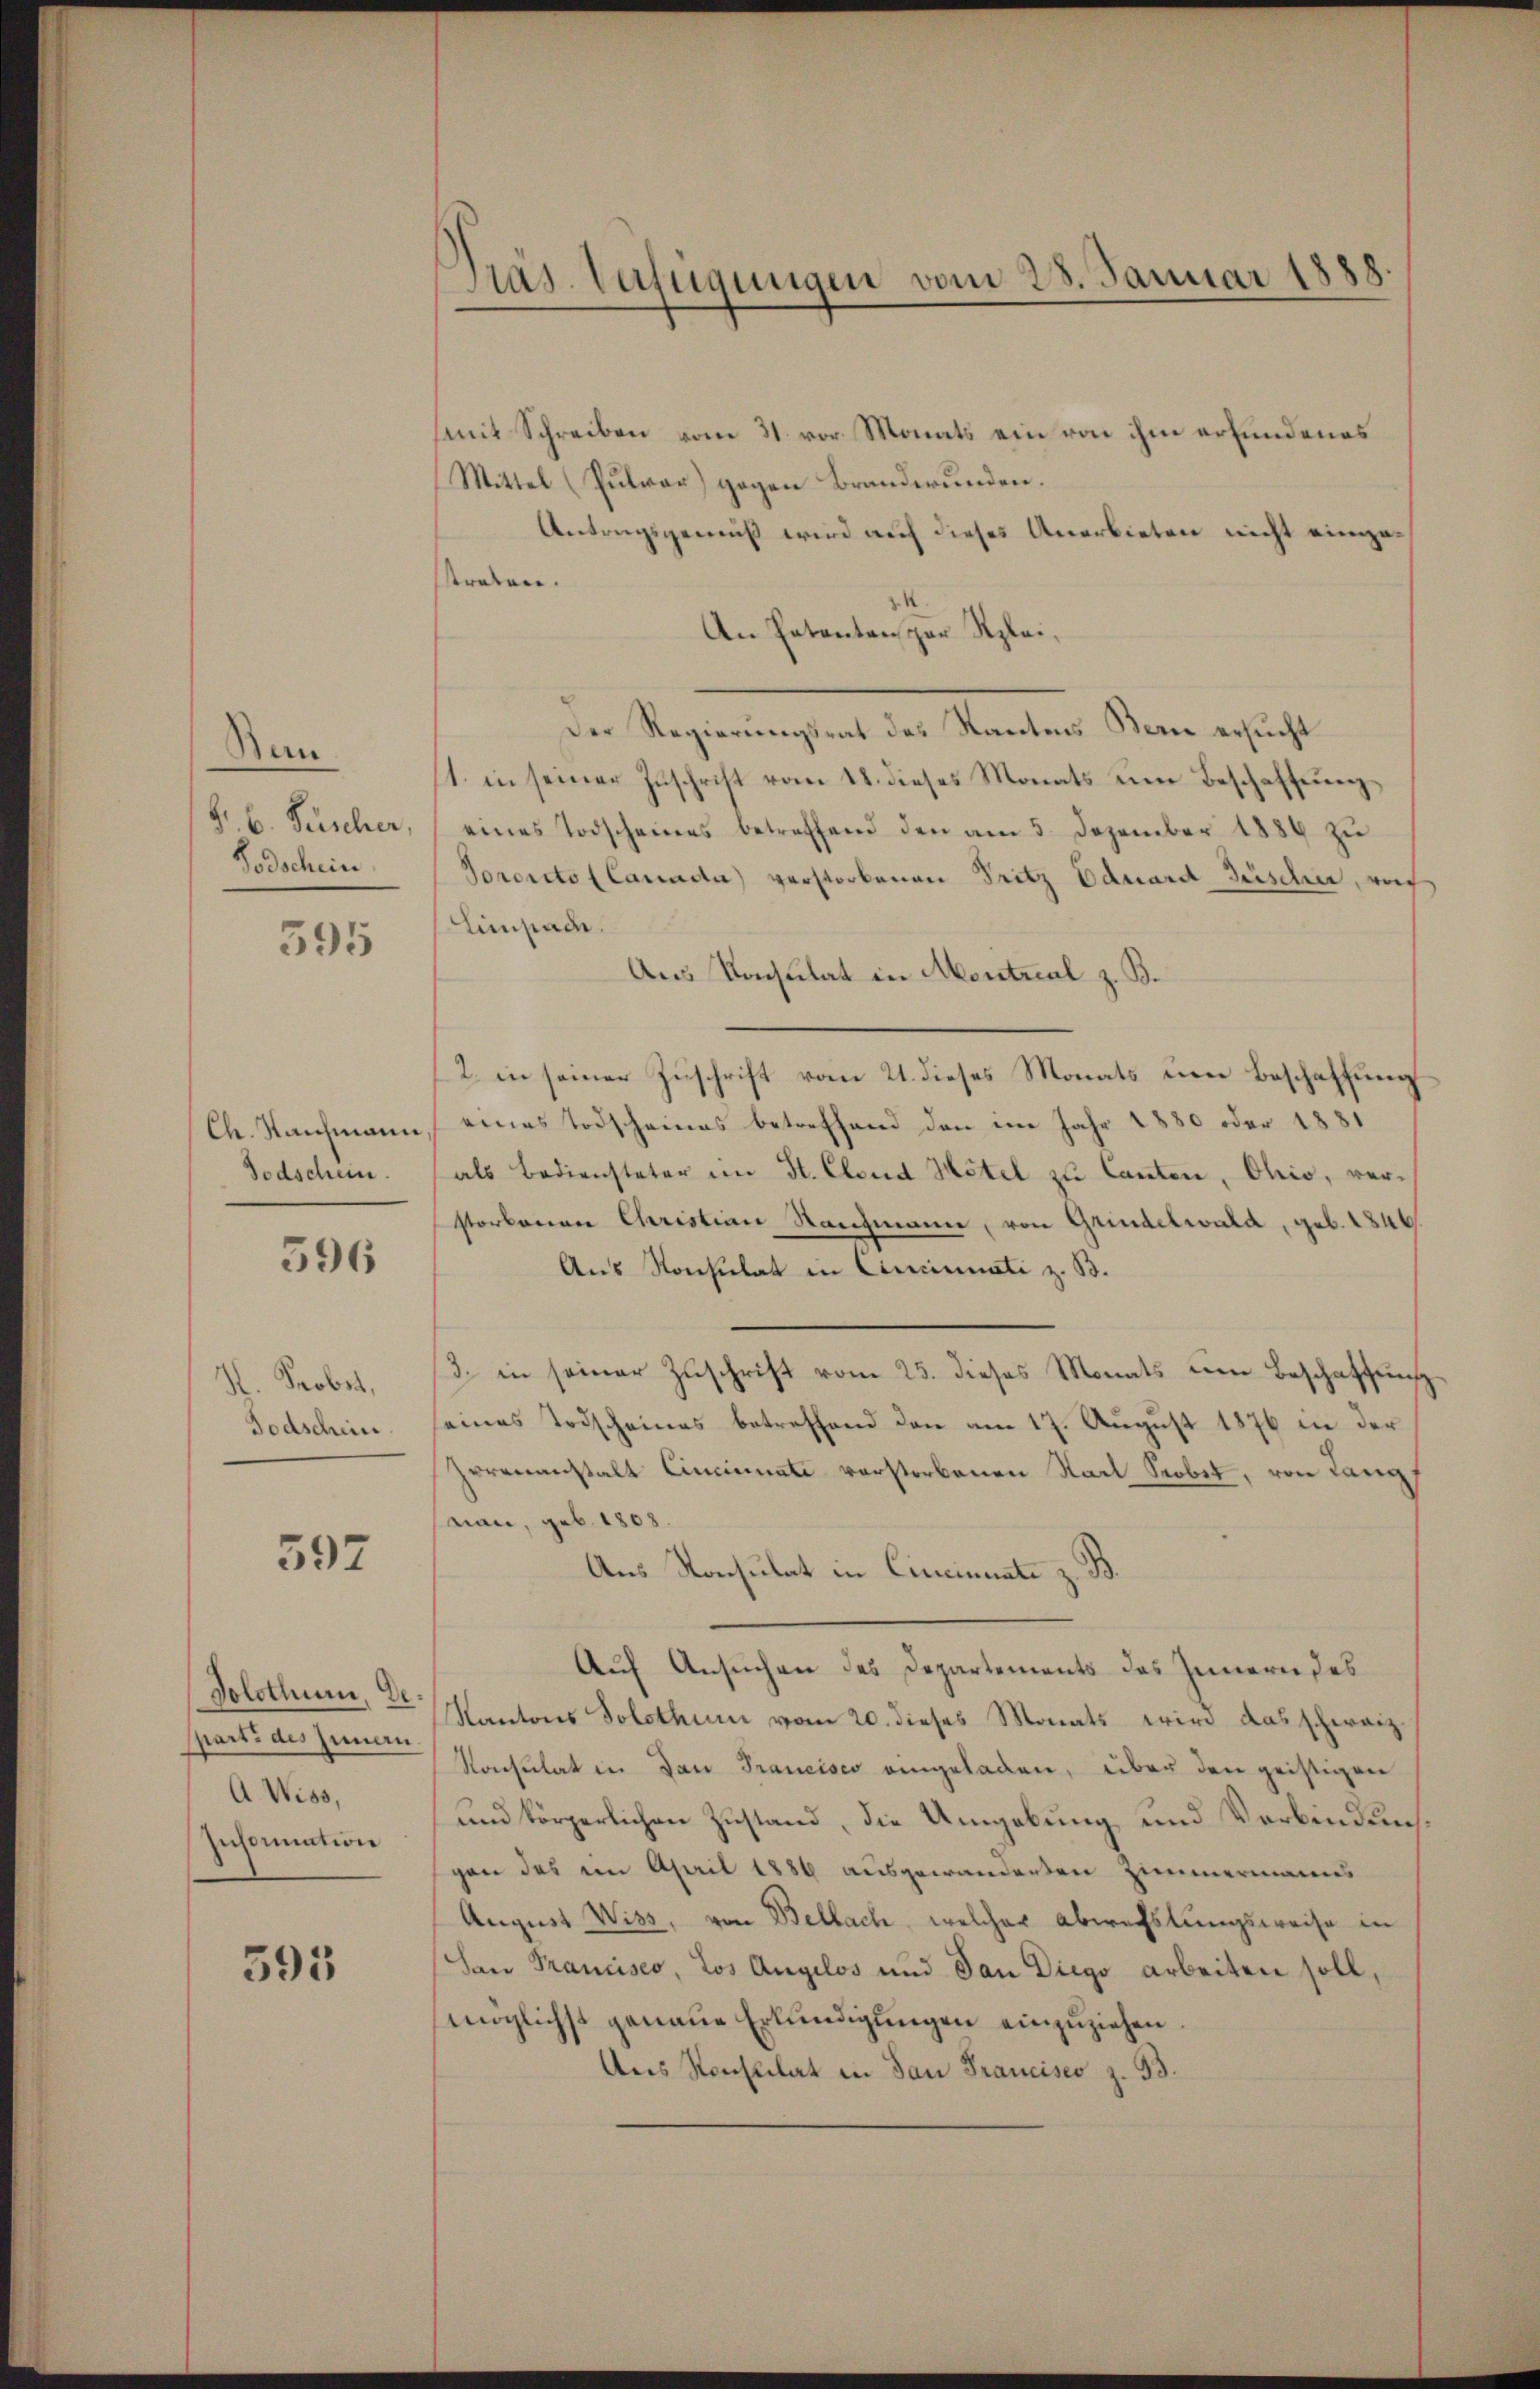
San
B. 6. Fischer,
Sodschein

595

Ch. Sanchmann,
Todschein.

596

Probst,
Todschein.

597

Solothum, Desparte des Innern.
A Wiss,
Insoration

395

Das Verfügungen vom 28. Januar 1888
.

(mit Schreiben vom 31. vor. Monats ein von ihm erfundenes
Mittel (Pulvar) gegen Brandwunden.
Antragsgemäß wird auf dieses Anerbieten nicht eingastraten.
An Petentenspar Klei¬
Der Regierungsrat des Kantons Bern ersucht
1. in seiner Zuschrift vom 18. dieses Monats um Beschaffung
eines Todscheines betreffend den am 5. Dezember 1889 zŭ
Poroicto (Canada) verstorbenen Pritz Eduard Büscher, wof
Einsade.
Aus Konsulat in Montral z. B.
2. in seiner Zuschrift vom 21. dieses Monats um Beschaffung
eines Todscheines betreffend den im Jahr 1880 oder 1881
als Bediensteter im St. Elend Hotel zu Canton, Ohio, verstorbenen Christian Nachmann, von Grindelwald, geb. 1846.
Aus Konsulat in Cincinati z. B.
3. in seiner Zŭschrift vom 25. dieses Monats um Beschaftung
eines Todscheines betreffend den am 17. Aŭgŭst 1876 in der
Irrenanstalt Cincinate verstorbenen Stadt Stobst, von Langs
saran, geb. 1808
Aus Konsulat in Cincinuate z. B.
Auf Ansuchen des Departements des Innern des
Kantons Solothur vom 20. dieses Monats wird das schweiz.
Konsulat in dan Francisco eingeladen, über den geistigen
und körperlichen Zustand, die Umgebung und Verbindung
gen das im April 1886 ausgewanderten Zimmermanns
August Wiss, von Bellach, welcher Abwechslungsweise in
San Francisco, Los Angelos und dan Diego arbeiten soll,
möglichst genaue Erkundigungen einzuziehen.
Des Konstilat in San Francisco z. B.